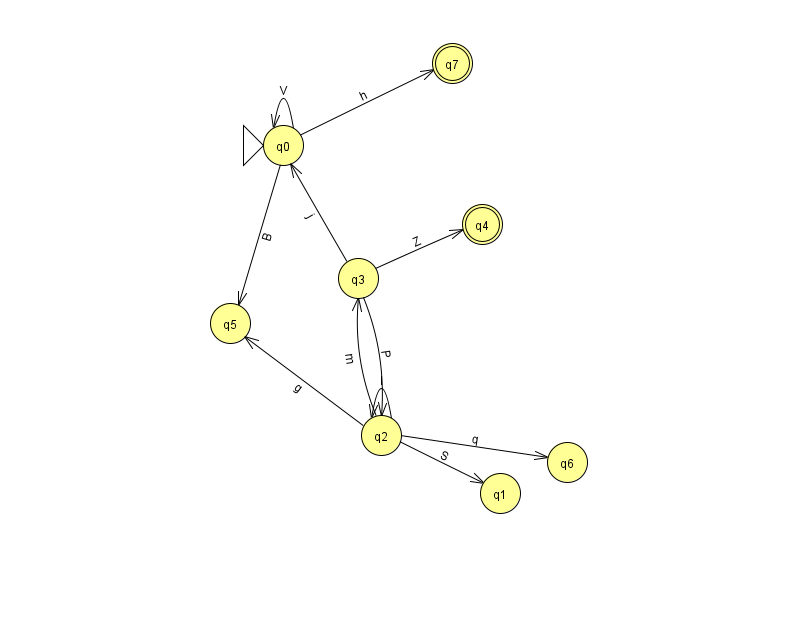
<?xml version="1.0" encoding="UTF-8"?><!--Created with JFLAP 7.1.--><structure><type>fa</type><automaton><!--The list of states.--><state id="0" name="q0"><x>283.0</x><y>132.0</y><initial/></state><state id="1" name="q1"><x>500.0</x><y>480.0</y></state><state id="2" name="q2"><x>381.0</x><y>422.0</y></state><state id="3" name="q3"><x>358.0</x><y>265.0</y></state><state id="4" name="q4"><x>482.0</x><y>211.0</y><final/></state><state id="5" name="q5"><x>230.0</x><y>310.0</y></state><state id="6" name="q6"><x>567.0</x><y>449.0</y></state><state id="7" name="q7"><x>452.0</x><y>50.0</y><final/></state><!--The list of transitions.--><transition><from>0</from><to>7</to><read>h</read></transition><transition><from>2</from><to>3</to><read>m</read></transition><transition><from>0</from><to>0</to><read>V</read></transition><transition><from>0</from><to>5</to><read>B</read></transition><transition><from>3</from><to>2</to><read>P</read></transition><transition><from>2</from><to>2</to><read>I</read></transition><transition><from>2</from><to>6</to><read>q</read></transition><transition><from>2</from><to>1</to><read>S</read></transition><transition><from>2</from><to>5</to><read>g</read></transition><transition><from>3</from><to>0</to><read>j</read></transition><transition><from>3</from><to>4</to><read>Z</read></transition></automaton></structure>